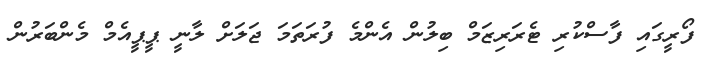
ފޯރީގައި ފާސްކުރި ޓެރަރިޒަމް ބިލުން އެންމެ ފުރަތަމަ ޖަލަށް ލާނީ ޕީޕީއެމް މެންބަރުން